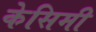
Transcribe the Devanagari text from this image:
केसिमी